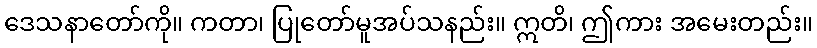
ဒေသနာတော်ကို။ ကတာ၊ ပြုတော်မူအပ်သနည်း။ ဣတိ၊ ဤကား အမေးတည်း။